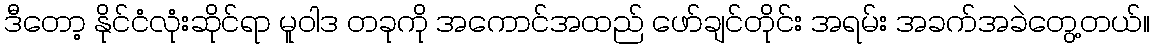
ဒီတော့ နိုင်ငံလုံးဆိုင်ရာ မူဝါဒ တခုကို အကောင်အထည် ဖော်ချင်တိုင်း အရမ်း အခက်အခဲတွေ့တယ်။